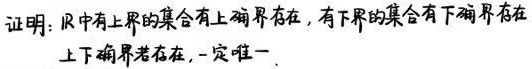
证明：$\mathbb{R}$中有上界的集合有上确界存在，有下界的集合有下确界存在.
上下确界若存在，一定唯一.